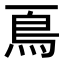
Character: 𩾏